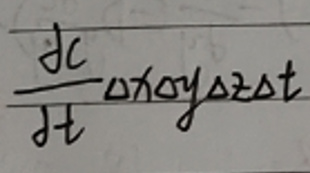
$\frac {dc}{dt}\Delta x\Delta y\Delta z\Delta t$